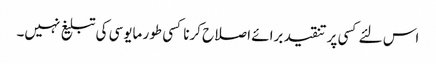
اس لئے کسی پر تنقید برائے اصلاح کرنا کسی طور مایوسی کی تبلیغ نہیں۔